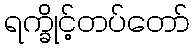
ရက္ခိုင့်တပ်တော်